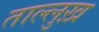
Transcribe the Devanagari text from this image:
ताल्लुख़